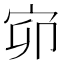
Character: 𡧙